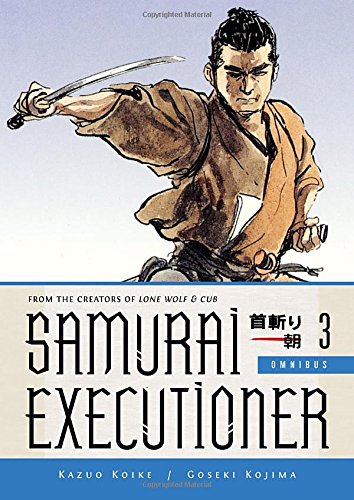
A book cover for Samurai Executioner Omnibus Volume 3; Kazuo Koike; Comics & Graphic Novels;